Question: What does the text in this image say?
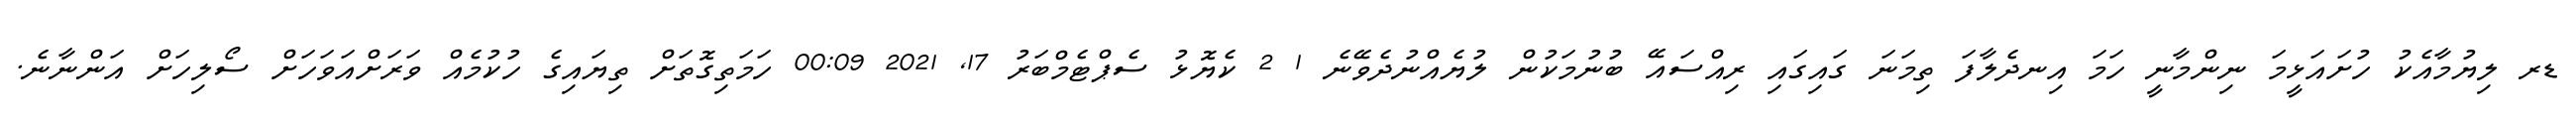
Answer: ޑރ ލިޔުމާއެކު ހުށައަޅީމަ ނިންމާނީ ހަމަ އިނދެލާފަ ތިމަނަ ގައިގައި ރިއްސައޭ ބުނުމަކުން ލުޔެއްނުދެވޭނެ 1 2 ކެޔޮޅު ސެޕްޓެމްބަރު 17, 2021 00:09 ހަމަތިގޮތަށް ތިޔައިގެ ހުކުމެއް ވަރަށްއަވަހަށް ސޯލިހަށް އަންނާނެ.